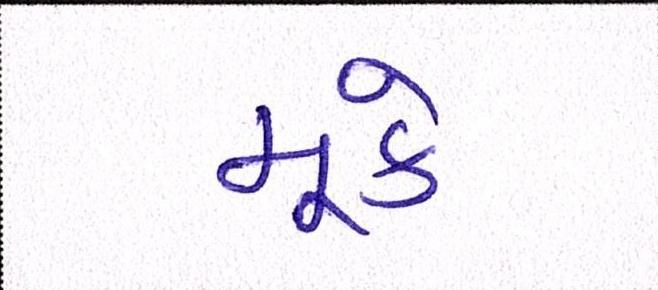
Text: મૂકે